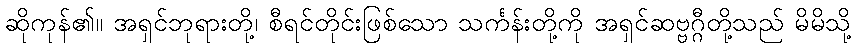
ဆိုကုန်၏။ အရှင်ဘုရားတို့၊ စီရင်တိုင်းဖြစ်သော သင်္ကန်းတို့ကို အရှင်ဆဗ္ဗဂ္ဂီတို့သည် မိမိသို့